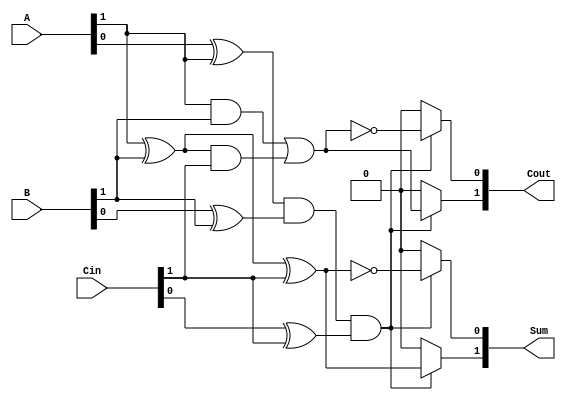
module dual_rail_full_adder (
    input  wire [1:0] A,     // Dual-rail representation of first input
    input  wire [1:0] B,     // Dual-rail representation of second input
    input  wire [1:0] Cin,   // Dual-rail representation of carry-in
    output reg  [1:0] Sum,    // Dual-rail representation of sum output
    output reg  [1:0] Cout    // Dual-rail representation of carry output
);

    // Internal signals for intermediate calculations
    wire A_valid, B_valid, Cin_valid;
    wire A_xor_B, A_and_B, A_xor_B_and_Cin;

    // Validity checks for dual-rail inputs
    assign A_valid = (A[0] ^ A[1]) == 1;  // Only one of A[0] or A[1] should be high
    assign B_valid = (B[0] ^ B[1]) == 1;  // Only one of B[0] or B[1] should be high
    assign Cin_valid = (Cin[0] ^ Cin[1]) == 1; // Only one of Cin[0] or Cin[1] should be high

    // Compute A XOR B
    assign A_xor_B = A[1] ^ B[1]; // A XOR B

    // Compute A AND B
    assign A_and_B = A[1] & B[1]; // A AND B

    // Compute (A XOR B) AND Cin
    assign A_xor_B_and_Cin = A_xor_B & Cin[1]; // (A XOR B) AND Cin

    always @(*) begin
        // Default outputs
        Sum = 2'b00;
        Cout = 2'b00;

        // Check for valid inputs
        if (A_valid && B_valid && Cin_valid) begin
            // Calculate Sum
            Sum[0] = ~(A[1] ^ B[1] ^ Cin[1]); // Sum = 0
            Sum[1] = A[1] ^ B[1] ^ Cin[1];    // Sum = 1

            // Calculate Cout
            Cout[0] = ~(A_and_B | A_xor_B_and_Cin); // Cout = 0
            Cout[1] = A_and_B | A_xor_B_and_Cin;    // Cout = 1
        end
    end

endmodule